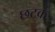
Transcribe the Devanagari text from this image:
छटक